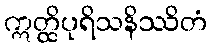
ဣတ္ထိပုရိသနိဿိတံ